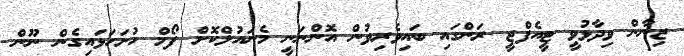
ޒިނާން ވިދާޅުވީ ޓީއެފްޖީ ރަންގައި ބައިވެރިވުން އޮންނަނީ މެނައުލްކޮށް ފޯމް ހުށަހަޅައިގެން ނޫން